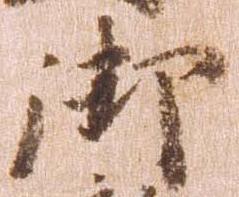
御